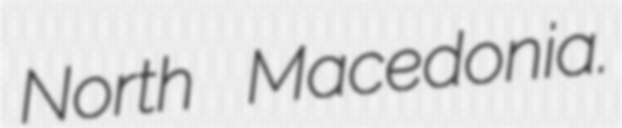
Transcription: North Macedonia.